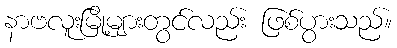
နာဗလူးမြို့များတွင်လည်း ဖြစ်ပွားသည်။